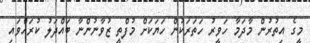
މީގެ އިތުރުން މާދަމާ ހަވީރު ހަތަރަކުން ހަޔަކަށް މުފްތީ ޒުވާނުންނާ ބައްދަލު ކުރައްވައި